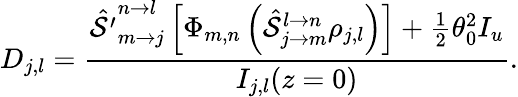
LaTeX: D_{j,l}=\frac{\hat{\mathcal{S^{\prime}}}_{m\rightarrow j}^{n\rightarrow l}\left[\Phi_{m,n}\left(\hat{\mathcal{S}}_{j\rightarrow m}^{l\rightarrow n}\rho_{j,l}\right)\right]+\frac{1}{2}\theta_{0}^{2}I_{u}}{I_{j,l}(z=0)}.